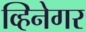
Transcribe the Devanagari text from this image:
व्हिनेगर